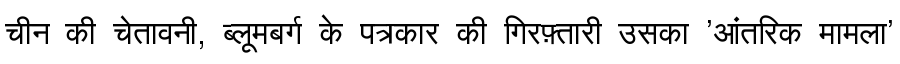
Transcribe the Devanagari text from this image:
चीन की चेतावनी, ब्लूमबर्ग के पत्रकार की गिरफ़्तारी उसका 'आंतरिक मामला'